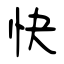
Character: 快